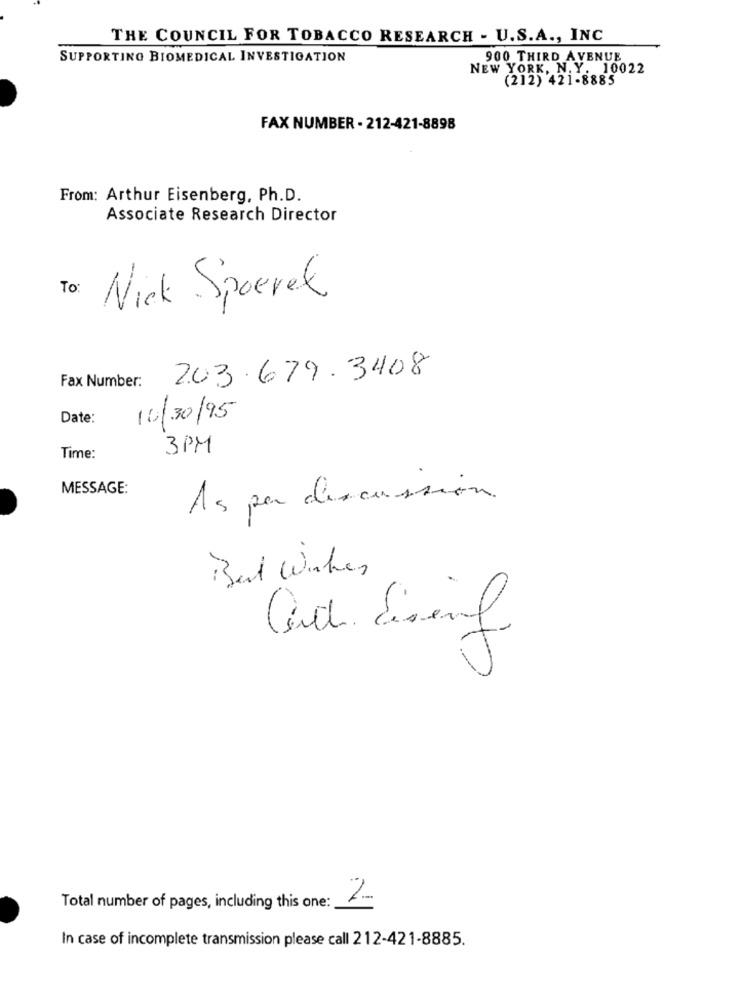
THE COUNCIL FOR TOBACCO RESEARCH - U.S.A ., INC
SUPPORTING BIOMEDICAL INVESTIGATION
900 THIRD AVENUE
NEW YORK, N. Y. 10022
(212) 421-8885
FAX NUMBER - 212-421-8898
From: Arthur Eisenberg, Ph.D.
Associate Research Director
To:
Nick Sporet
203.679.3408
Fax Number:
Date:
10/30/95
3PM
Time:
MESSAGE:
As per discussion.
Best Winken
Total number of pages, including this one:
In case of incomplete transmission please call 212-421-8885.